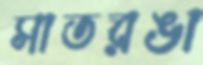
সাতরঙা